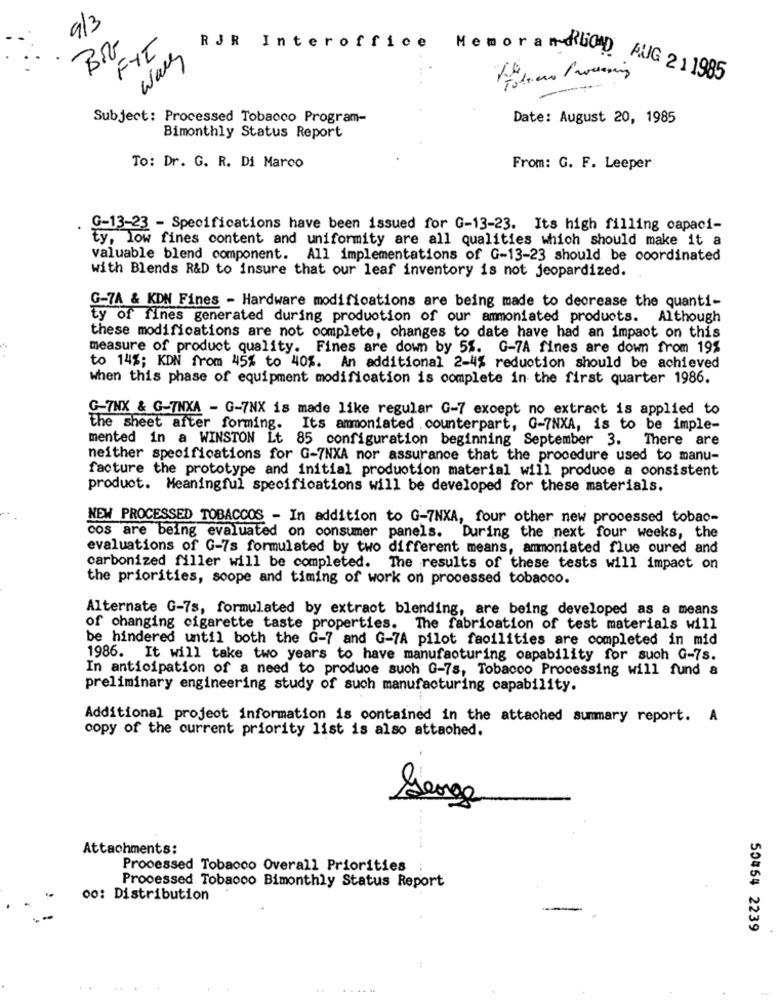
9/3
FYL
RJR Interoffice
wave
MemorameliCAD AUG 21 1985
-
Subject: Processed Tobacco Program-
Date: August 20, 1985
Bimonthly Status Report
To: Dr. G. R. Di Marco
From: G. F. Leeper
G-13-23 - Specifications have been issued for G-13-23. Its high filling capaci-
ty, low fines content and uniformity are all qualities which should make it a
valuable blend component. All implementations of G-13-23 should be coordinated
with Blends R&D to insure that our leaf inventory is not jeopardized.
G-7A & KDN Fines - Hardware modifications are being made to decrease the quanti-
ty of fines generated during production of our ammoniated products. Although
these modifications are not complete, changes to date have had an impact on this
measure of product quality. Fines are down by 5%. G-7A fines are down from 19%
to 14%; KDN from 45% to 40%. An additional 2-4% reduction should be achieved
when this phase of equipment modification is complete in the first quarter 1986.
G-7NX & G-TNXA - G-7NX is made like regular G-7 except no extract is applied to
the sheet after forming.
Its ammoniated . counterpart, G-7NXA, is to be imple-
mented in a WINSTON Lt 85 configuration beginning September 3.
There are
neither specifications for G-7NXA nor assurance that the procedure used to manu-
facture the prototype and initial production material will produce a consistent
product. Meaningful specifications will be developed for these materials.
NEW PROCESSED TOBACCOS - In addition to G-7NXA, four other new processed tobac-
cos are being evaluated on consumer panels. During the next four weeks, the
evaluations of G-7s formulated by two different means, ammoniated flue oured and
carbonized filler will be completed. The results of these tests will impact on
the priorities, soope and timing of work on processed tobacco.
Alternate G-7s, formulated by extract blending, are being developed as a means
of changing cigarette taste properties. The fabrication of test materials will
be hindered until both the G-7 and G-7A pilot facilities are completed in mid
1986. It will take two years to have manufacturing capability for such G-7s.
In anticipation of a need to produce such G-7s, Tobacco Processing will fund &
preliminary engineering study of such manufacturing capability.
Additional project information is contained in the attached summary report. A
copy of the current priority list is also attached.
George
Attachments:
Processed Tobacco Overall Priorities
Processed Tobacco Bimonthly Status Report
00: Distribution
50454 2239
.....